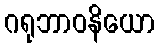
ဂရုဘာဝနိယော